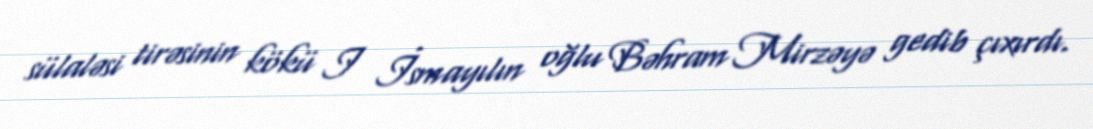
sülaləsi tirəsinin kökü I İsmayılın oğlu Bəhram Mirzəyə gedib çıxırdı.